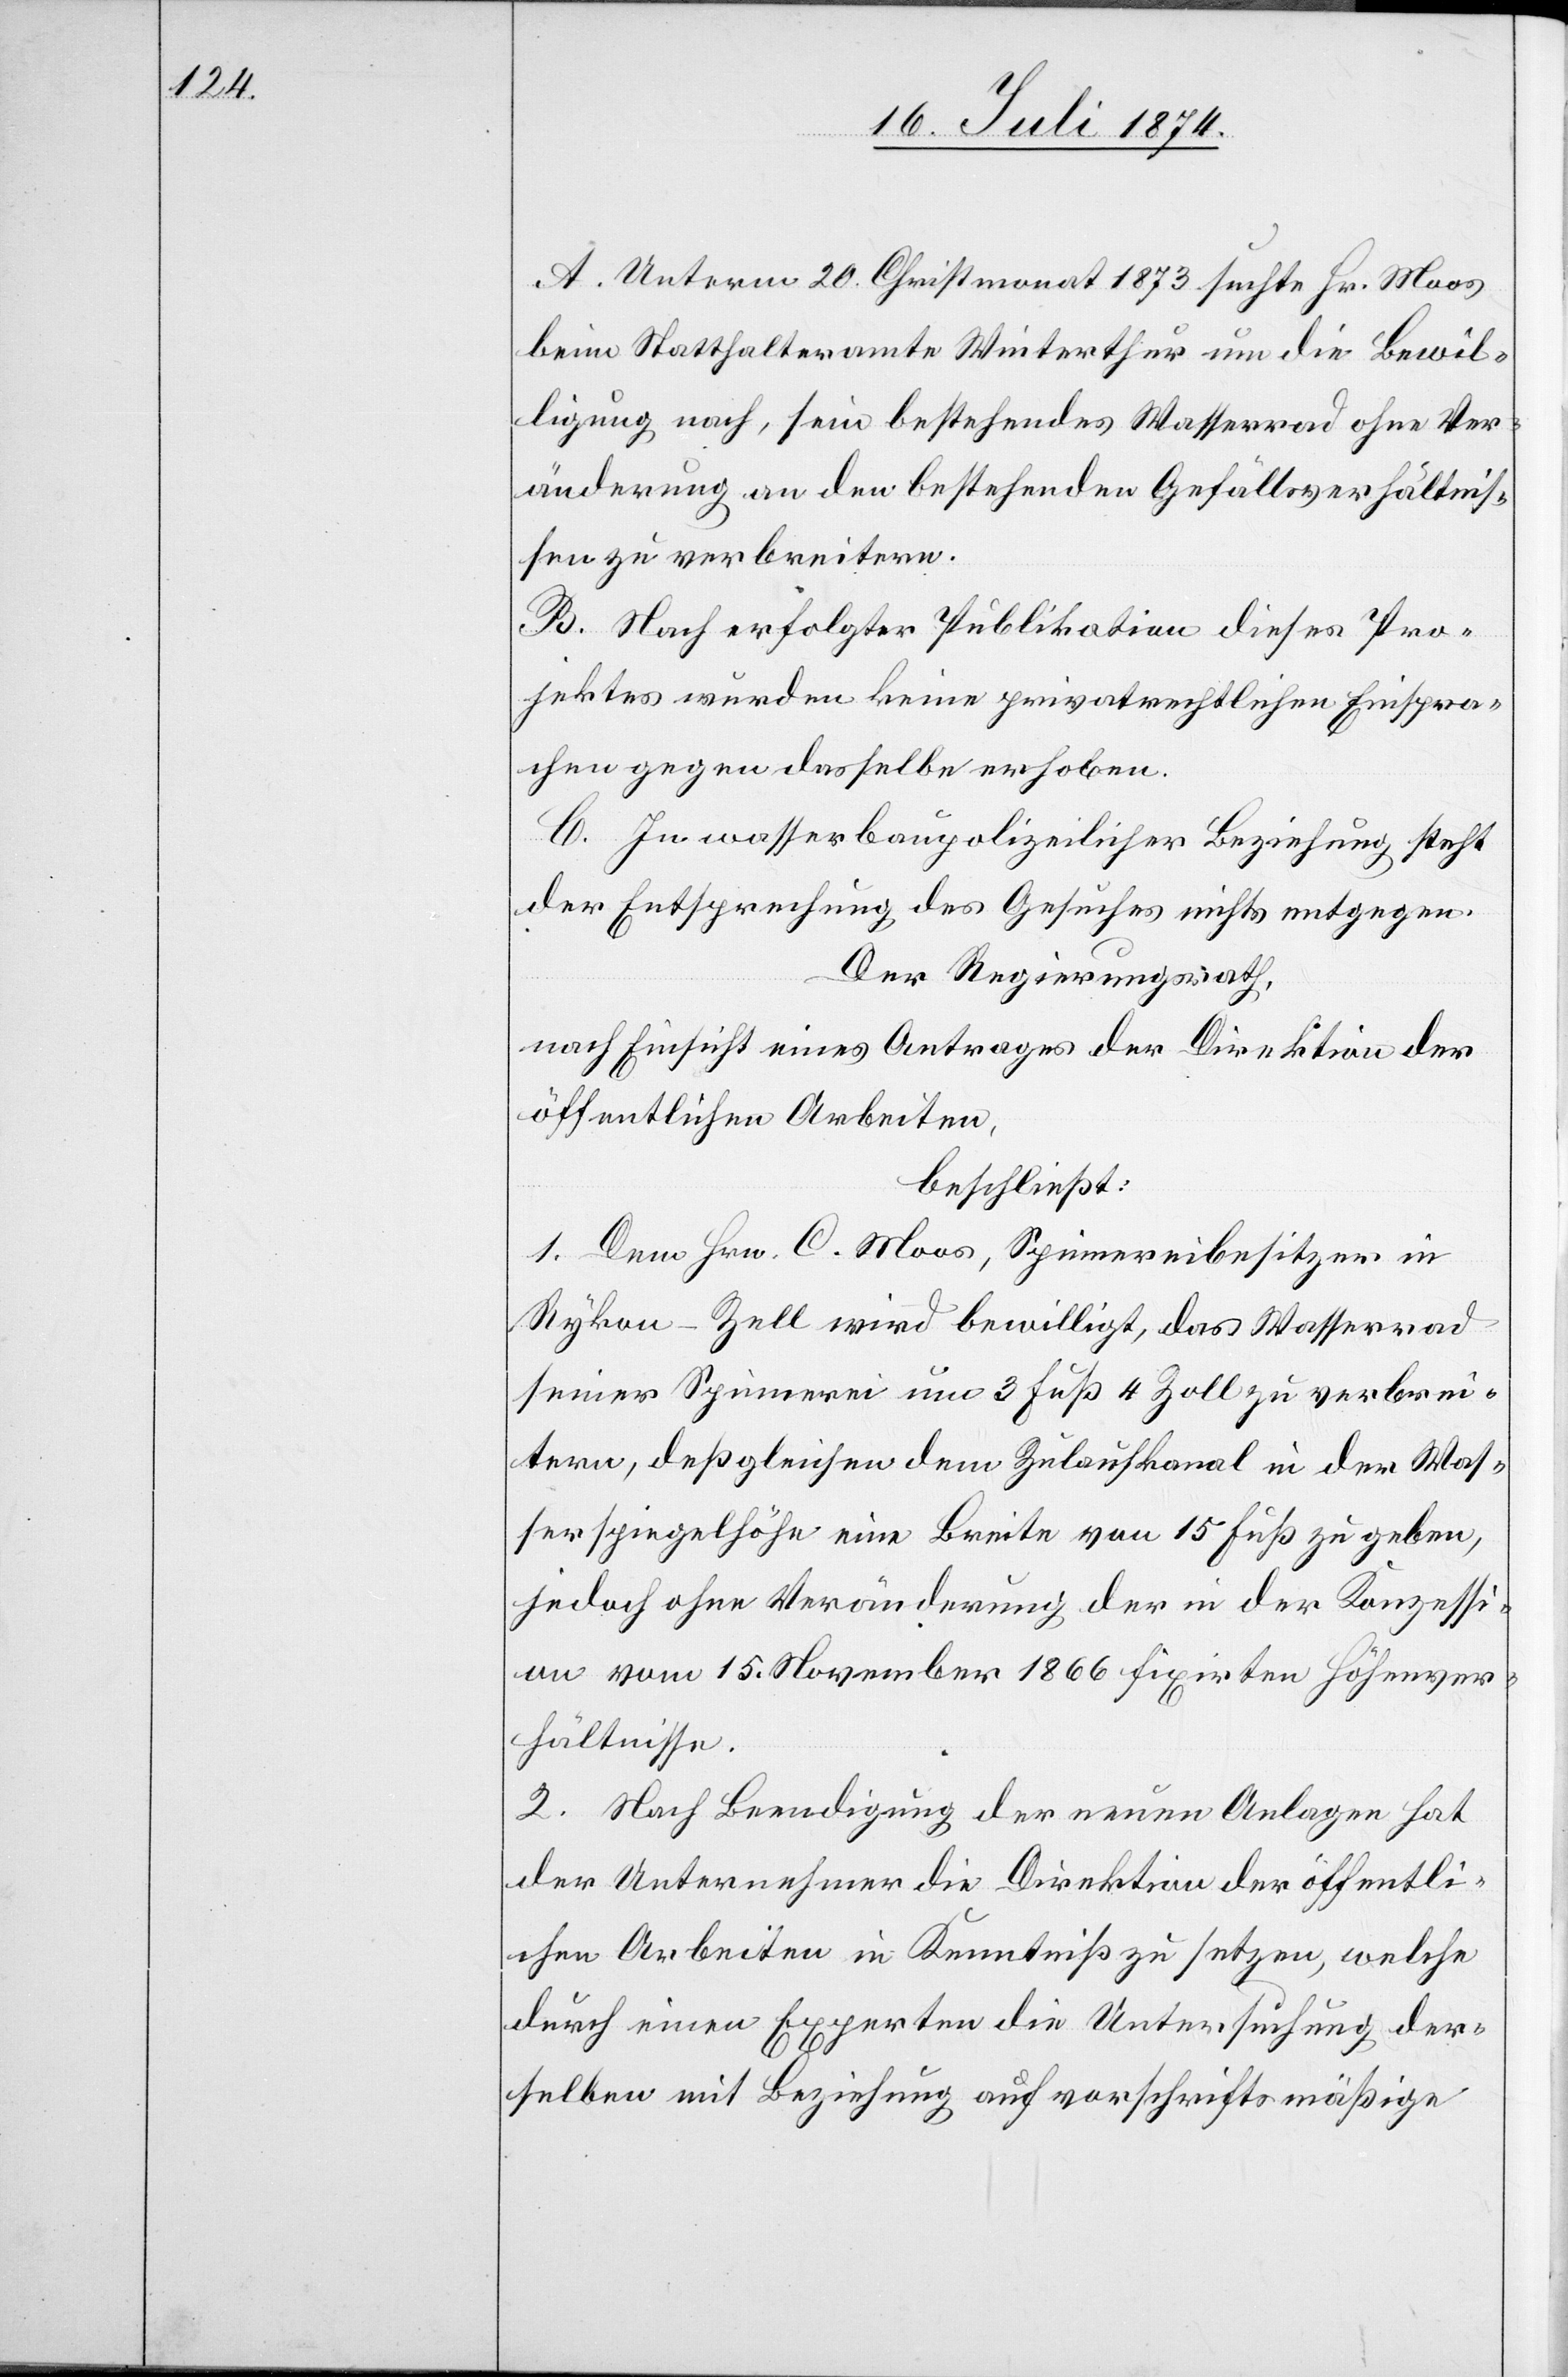
A. Unterm 20. Christmonat 1873 suchte Hr. Moos
beim Statthalteramte Winterthur um die Bewil¬
ligung nach, sein bestehendes Wasserrad ohne Ver¬
änderung an den bestehenden Gefällsverhältnis¬
sen zu verbreitern.
B. Nach erfolgter Publikation dieses Pro¬
jektes wurden keine privatrechtlichen Einspra¬
chen gegen dasselbe erhoben.
C. In wasserbaupolizeilicher Beziehung steht
der Entsprechung des Gesuches nichts entgegen.
Der Regierungsrath,
nach Einsicht eines Antrages der Direktion der
öffentlichen Arbeiten,
beschließt:
1. Dem Hrn. C. Moos, Spinnereibesitzer in
Rykon-Zell wird bewilligt, das Wasserrad
seiner Spinnerei um 3 Fuß 4 Zoll zu verbrei¬
tern, deßgleichen dem Zulaufkanal in der Was¬
serspiegelhöhe eine Breite von 15 Fuß zu geben,
jedoch ohne Veränderung der in der Konzessi¬
on vom 15. November 1866 fixirten Höhenver¬
hältnisse.
2. Nach Beendigung der neuen Anlagen hat
der Unternehmer die Direktion der öffentli¬
chen Arbeiten in Kenntniß zu setzen, welche
durch einen Experten die Untersuchung der¬
selben mit Beziehung auf vorschriftsmäßige